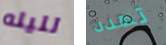
لليله تهدد